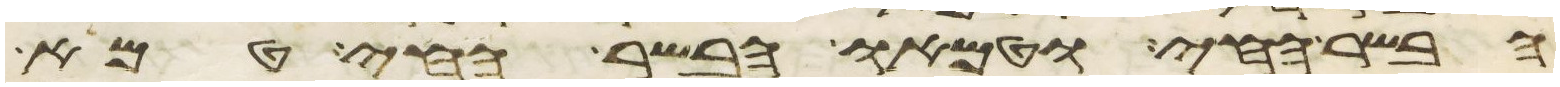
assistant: הבשר החי וטמאו הבשר החי טמא